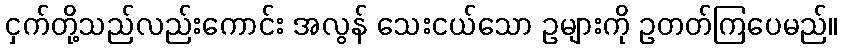
ငှက်တို့သည်လည်းကောင်း အလွန် သေးငယ်သော ဥများကို ဥတတ်ကြပေမည်။